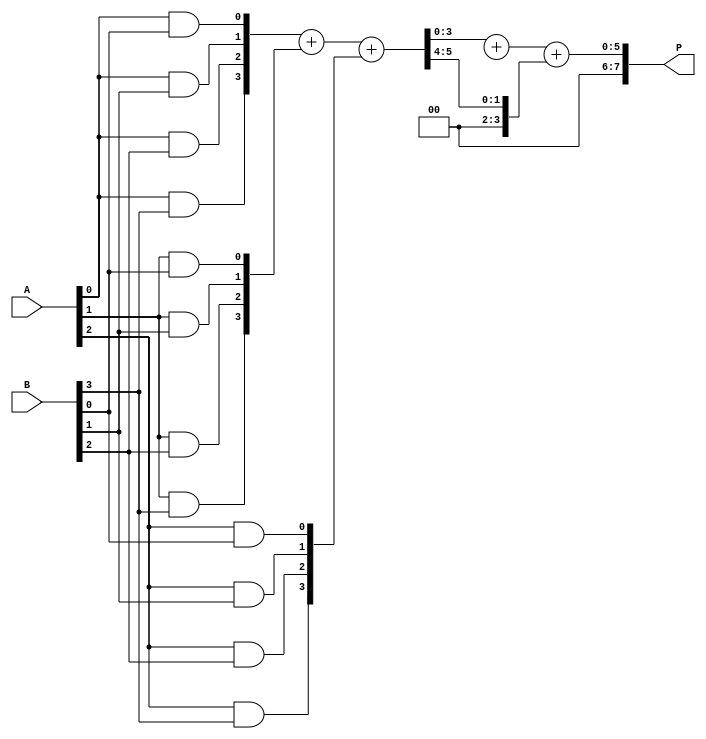
module async_wallace_tree_multiplier #(parameter N = 4) (
    input [N-1:0] A,
    input [N-1:0] B,
    output reg [2*N-1:0] P
);

    // Partial product generation
    wire [N-1:0] pp [0:N-1]; // Partial products
    genvar i, j;
    generate
        for (i = 0; i < N; i = i + 1) begin : gen_partial_products
            for (j = 0; j < N; j = j + 1) begin : gen_pp
                assign pp[i][j] = A[i] & B[j];
            end
        end
    endgenerate

    // Wallace Tree Reduction
    wire [N-1:0] sum [0:N-1]; // Sums at each stage
    wire [N-1:0] carry [0:N-1]; // Carries at each stage
    wire [N-1:0] temp_sum, temp_carry;

    // Stage 1: Reduce partial products
    generate
        for (i = 0; i < N-1; i = i + 1) begin : reduce_stage1
            if (i % 3 == 0) begin
                assign {temp_carry, temp_sum} = pp[i] + pp[i+1] + pp[i+2];
                assign sum[i/3] = temp_sum;
                assign carry[i/3] = temp_carry;
            end
        end
    endgenerate

    // Stage 2: Further reduction
    wire [N-1:0] final_sum, final_carry;
    assign {final_carry, final_sum} = sum[0] + sum[1] + carry[0];

    // Final product assignment
    always @(*) begin
        P = {final_carry, final_sum}; // Concatenate carry and sum for final product
    end

endmodule